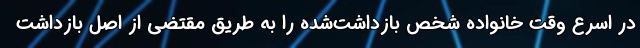
در اسرع وقت خانواده شخص بازداشت‌شده را به طریق مقتضی از اصل بازداشت